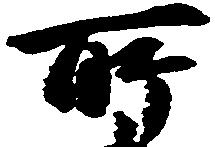
所